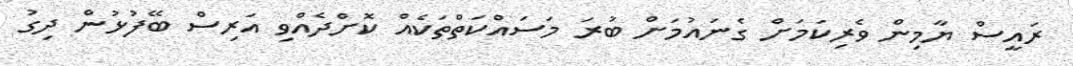
ރައީސް ޔާމިން ވެރިކަމަށް ގެނައުމަށް ބުރަ މަސައްކަތްތަކެއް ކޮށްދެއްވި އަރިސް ބޭފުޅުން ދިގު